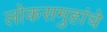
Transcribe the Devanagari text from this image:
लोकसमुहांचे